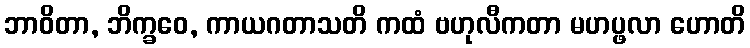
ဘာဝိတာ, ဘိက္ခဝေ, ကာယဂတာသတိ ကထံ ဗဟုလီကတာ မဟပ္ဖလာ ဟောတိ